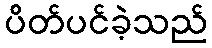
ပိတ်ပင်ခဲ့သည်